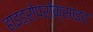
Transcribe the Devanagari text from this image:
हाइड्रोपरोक्साइड